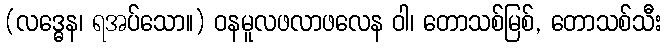
(လဒ္ဓေန၊ ရအပ်သော။) ဝနမူလဖလာဖလေန ဝါ၊ တောသစ်မြစ်, တောသစ်သီး